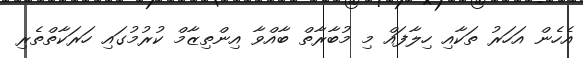
އެހެން އަހަރު ތަކާއި ހިލާފައް މި މުބާރާތް ބާއްވާ އިންތިޒާމް ކުރުމުގައި ހަރަކާތްތެރި